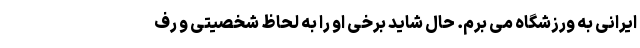
ایرانی به ورزشگاه می برم. حال شاید برخی او را به لحاظ شخصیتی و رف